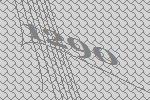
1290